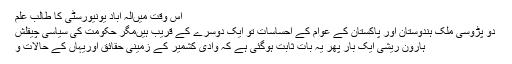
اس وقت میںالہ آباد یونیورسٹی کا طالب علم
دو پڑوسی ملک ہندوستان اور پاکستان کے عوام کے احساسات تو ایک دوسرے کے قریب ہیںمگر حکومت کی سیاسی چیقلش
ہارون ریشی ایک بار پھر یہ بات ثابت ہوگئی ہے کہ وادی کشمیر کے زمینی حقائق اوریہاں کے حالات و